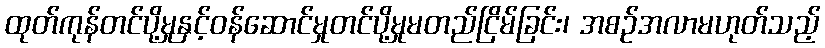
ထုတ်ကုန်တင်ပို့မှုနှင့်ဝန်ဆောင်မှုတင်ပို့မှုမတည်ငြိမ်ခြင်း၊ အစဉ်အလာမဟုတ်သည့်